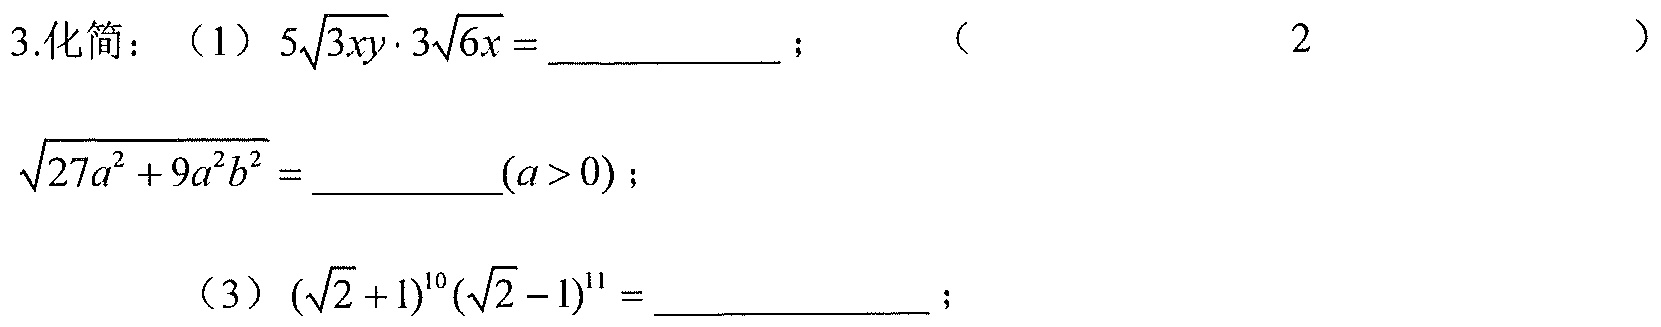
3.化简：（1）\(5\sqrt{3xy}\cdot3\sqrt{6x} = \_\_\_\_\_\_\)； （2）\(\sqrt{27a^{2}+9a^{2}b^{2}}=\_\_\_\_\_\_(a > 0)\)； （3）\((\sqrt{2}+1)^{10}(\sqrt{2}-1)^{11}=\_\_\_\_\_\_\_\)；